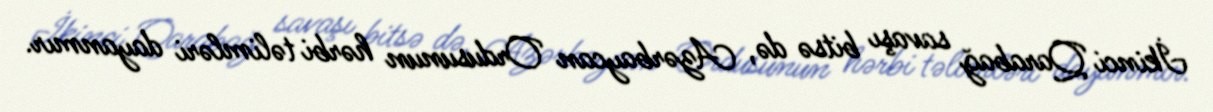
İkinci Qarabağ savaşı bitsə də, Azərbaycan Ordusunun hərbi təlimləri dayanmır.